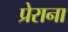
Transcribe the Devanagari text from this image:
प्रेराना